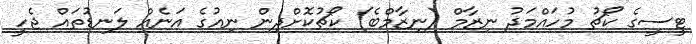
ޓީސީގެ ކޯޗު މުހައްމަދު ނިޒާމް (ނިޒާމްބެ) ކޯޗުކޮށްދިން ނިއުގެ އަނެއް ލަނޑުތައް ޖެހީ